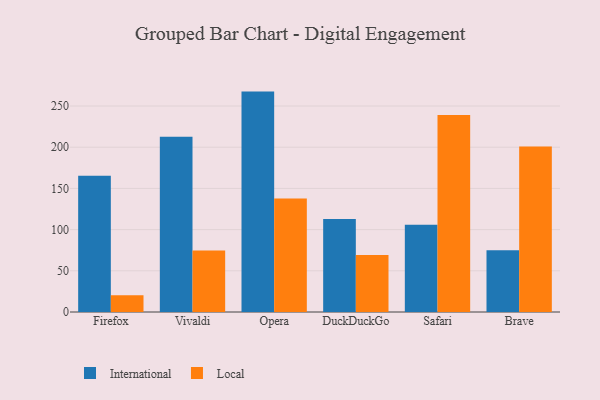
{"axis": {"x": "Browser", "y": "Revenue (USD Million)"}, "legend": ["International", "Local"], "data": [{"x": "Firefox", "y": 165.5, "type": "International"}, {"x": "Firefox", "y": 20.3, "type": "Local"}, {"x": "Vivaldi", "y": 212.6, "type": "International"}, {"x": "Vivaldi", "y": 74.5, "type": "Local"}, {"x": "Opera", "y": 267.5, "type": "International"}, {"x": "Opera", "y": 137.7, "type": "Local"}, {"x": "DuckDuckGo", "y": 112.8, "type": "International"}, {"x": "DuckDuckGo", "y": 69.2, "type": "Local"}, {"x": "Safari", "y": 105.8, "type": "International"}, {"x": "Safari", "y": 239.1, "type": "Local"}, {"x": "Brave", "y": 74.8, "type": "International"}, {"x": "Brave", "y": 201.0, "type": "Local"}]}